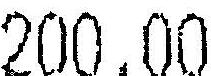
200.00